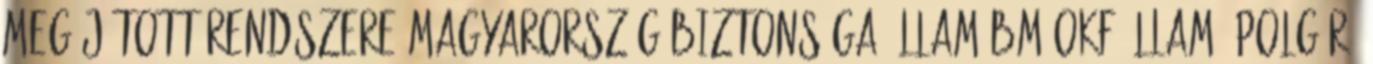
megújított rendszere MAGYARORSZÁG BIZTONSÁGA ÁLLAM BM OKF ÁLLAM- POLGÁR.